Causation and prevention of malarial fevers: a statement of the results of researches drawn up for the use of assistant surgeons, hospital assistants and students
Disease focus: Malaria
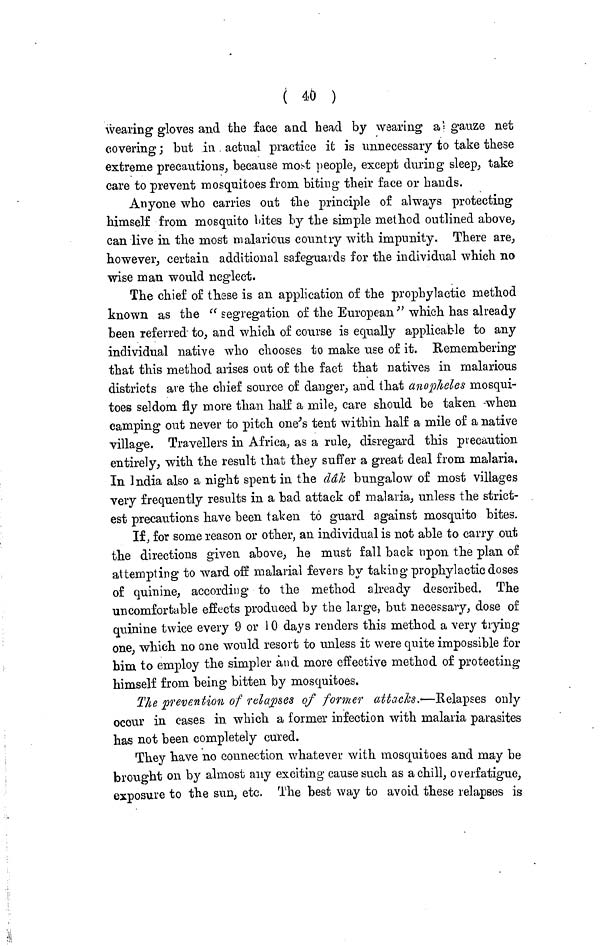
( 40 )
wearing gloves and the face and head by wearing a gauze net
covering ; but in actual practice it is unnecessary to take these
extreme precautions, because most people, except during sleep, take
care to prevent mosquitoes from biting their face or hands.
Anyone who carries out the principle of always protecting
himself from mosquito bites by the simple method outlined above,
can live in the most malarious country with impunity. There are,
however, certain additional safeguards for the individual which no
wise man would neglect.
The chief of these is an application of the prophylactic method
known as the "segregation of the European" which has already
been referred to, and which of course is equally applicable to any
individual native who chooses to make use of it. Remembering
that this method arises out of the fact that natives in malarious
districts are the chief source of danger, and that anopheles mosqui-
toes seldom fly more than half a mile, care should be taken -when
camping out never to pitch one's tent within half a mile of a native
village. Travellers in Africa, as a rule, disregard this precaution
entirely, with the result that they suffer a great deal from malaria.
In India also a night spent in the dâk bungalow of most villages
very frequently results in a bad attack of malaria, unless the strict-
est precautions have been taken to guard against mosquito bites.
If, for some reason or other, an individual is not able to carry out
the directions given above, he must fall back upon, the plan of
attempting to ward off malarial fevers by taking prophylactic doses
of quinine, according to the method already described. The
uncomfortable effects produced by the large, but necessary, dose of
quinine twice every 9 or 10 days renders this method a very trying
one, which no one would resort to unless it were quite impossible for
him to employ the simpler and more effective method of protecting
himself from being bitten by mosquitoes.
The prevention of relapses of former attacks.—Relapses only
occur in cases in which a former infection with malaria parasites
has not been completely cured.
They have no connection whatever with mosquitoes and may be
brought on by almost any exciting cause such as a chill, overfatigue,
exposure to the sun, etc. The best way to avoid these relapses is